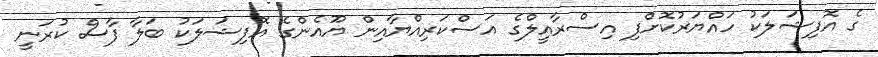
ގެ އޮފިޝަލަކު ހައްޔަރުކޮށްފި އިސްރާއީލްގެ އަސްކަރިއްޔާއިން ޔޫއެންގެ އޮފިޝަލަކު ބަލާ ފާސް ކުރަނީ